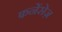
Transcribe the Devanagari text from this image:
फनेंसेज़